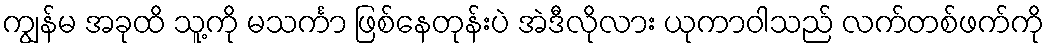
ကျွန်မ အခုထိ သူ့ကို မသင်္ကာ ဖြစ်နေတုန်းပဲ အဲဒီလိုလား ယုကာဝါသည် လက်တစ်ဖက်ကို